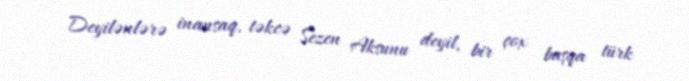
Deyilənlərə inansaq, təkcə Sezen Aksunu deyil, bir çox başqa türk